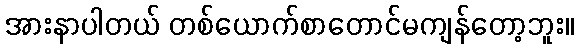
အားနာပါတယ် တစ်ယောက်စာတောင်မကျန်တော့ဘူး။